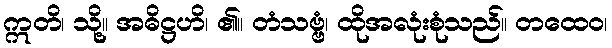
ဣတိ၊ သို့။ အဓိဋ္ဌဟိ၊ ၏။ တံသဗ္ဗံ၊ ထိုအလုံးစုံသည်။ တထေဝ၊